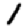
Digit: 1